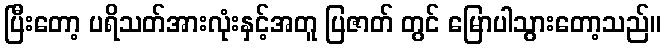
ပြီးတော့ ပရိသတ်အားလုံးနှင့်အတူ ပြဇာတ် တွင် မြောပါသွားတော့သည်။